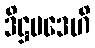
ဒိဋ္ဌပဒေဟိ